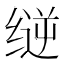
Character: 𰬳